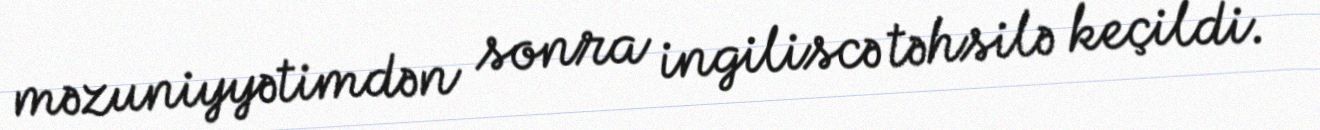
məzuniyyətimdən sonra ingiliscə təhsilə keçildi.